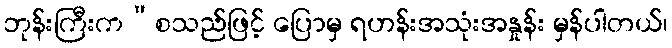
ဘုန်းကြီးက”စသည်ဖြင့် ပြောမှ ရဟန်းအသုံးအနှုန်း မှန်ပါတယ်၊